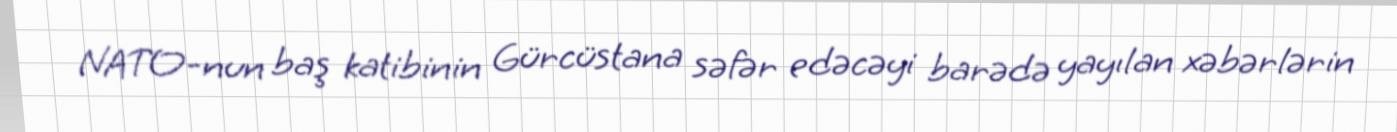
NATO-nun baş katibinin Gürcüstana səfər edəcəyi barədə yayılan xəbərlərin